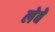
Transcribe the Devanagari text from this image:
लेवें